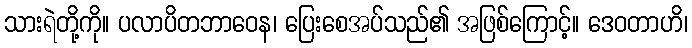
သားရဲတို့ကို။ ပလာပိတဘာဝေန၊ ပြေးစေအပ်သည်၏ အဖြစ်ကြောင့်။ ဒေဝတာဟိ၊